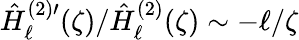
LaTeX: \hat{H}_{\ell}^{(2)\prime}(\zeta)/\hat{H}_{\ell}^{(2)}(\zeta)\sim-\ell/\zeta